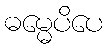
ဓမ္မေပိပေ